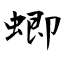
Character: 蝍